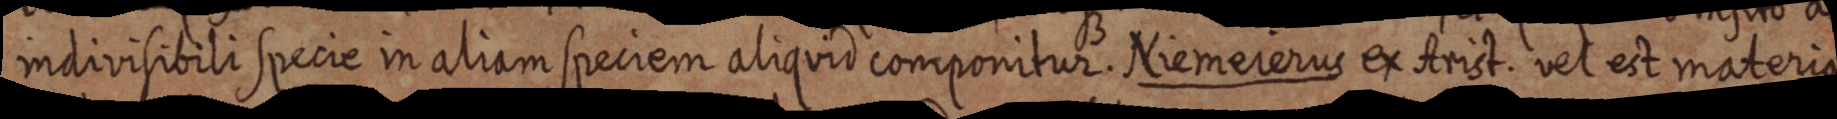
indivisibili specie in aliam speciem aliquid componitur. Niemeierus ex Arist. vel est materia